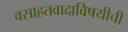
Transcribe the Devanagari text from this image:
वसाहतवादाविषयीची